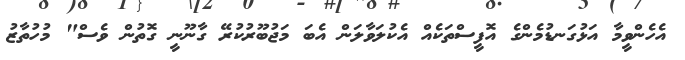
އެހެންވީމާ އަޅުގަނޑުމެންގެ އޮފީސްތަކެއް އެކުލަވާލަން އެބަ މަޖުބޫރުކުރޭ ގާނޫނީ ގޮތުން ވެސް" މުހުތާޒު